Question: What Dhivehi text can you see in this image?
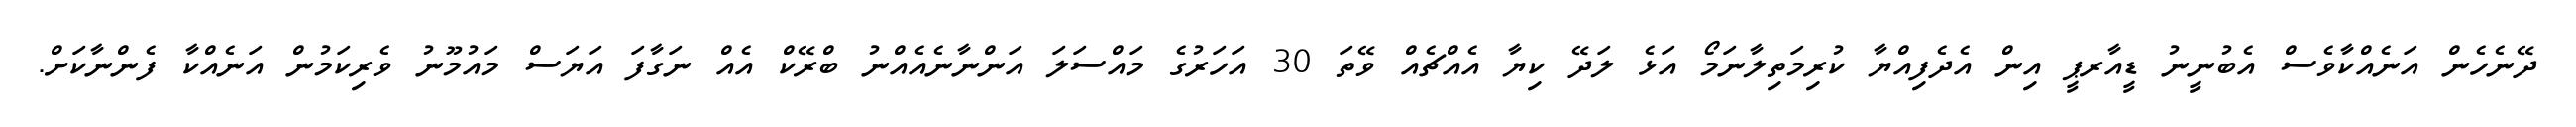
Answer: ދޭނެހެން އަނެއްކާވެސް އެބުނީނު ޑީއާރޕީ އިން އެދެފިއްޔާ ކުރިމަތިލާނަމޯ އަޅެ ލަދޭ ކިޔާ އެއްޗެއް ވޭތަ 30 އަހަރުގެ މައްސަލަ އަންނާނެއެއްނު ބްރޭކް އެއް ނަގާފަ އަޔަސް މައުމޫނު ވެރިކަމުން އަނެއްކާ ފެންނާކަށް.